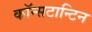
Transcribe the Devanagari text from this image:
कॉन्सटान्टिन